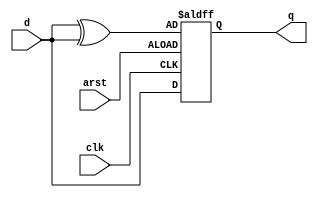
module dffsr1(clk, arst, d, q);
input clk, arst, d;
output reg q;
always @(posedge clk, posedge arst) begin
	if (arst)
		q <= d^d; 
	else
		q <= d;
end
endmodule